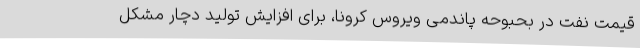
قیمت نفت در بحبوحه پاندمی ویروس کرونا، برای افزایش تولید دچار مشکل